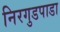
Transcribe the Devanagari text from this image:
निरगुडपाडा